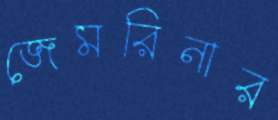
জেমরিনার